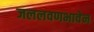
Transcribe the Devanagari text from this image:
जललवणभावेन